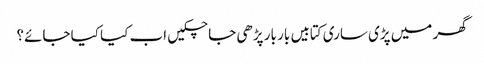
گھر میں پڑی ساری کتابیں بار بار پڑھی جا چکیں اب کیا کیا جائے؟